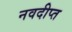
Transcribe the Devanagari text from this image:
नवदीप्त